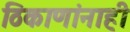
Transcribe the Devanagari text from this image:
ठिकाणांनाही